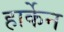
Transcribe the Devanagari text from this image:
हार्केन